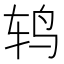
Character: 𮷙